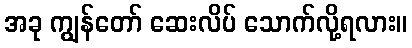
အခု ကျွန်တော် ဆေးလိပ် သောက်လို့ရလား။